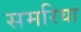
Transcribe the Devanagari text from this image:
समरिया